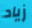
زياد